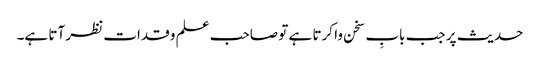
حدیث پر جب بابِ سخن وا کرتا ہے تو صاحب علم و قدات نظر آتا ہے۔